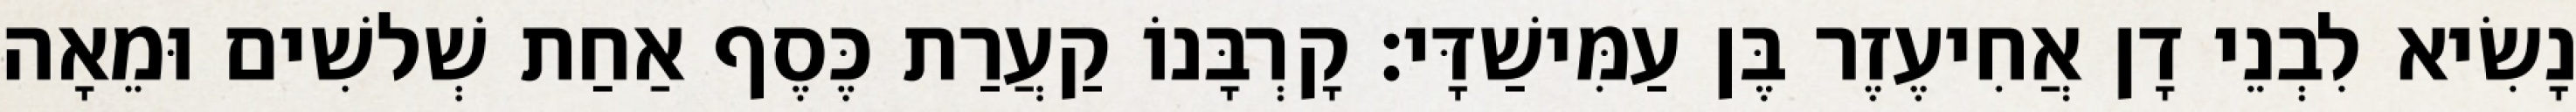
נָשִׂיא לִבְנֵי דָן אֲחִיעֶזֶר בֶּן עַמִּישַׁדָּי׃ קָרְבָּנוֹ קַעֲרַת כֶּסֶף אַחַת שְׁלשִׁים וּמֵאָה